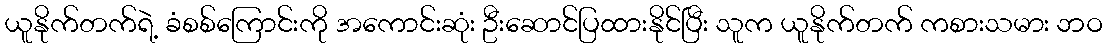
ယူနိုက်တက်ရဲ့ ခံစစ်ကြောင်းကို အကောင်းဆုံး ဦးဆောင်ပြထားနိုင်ပြီး သူက ယူနိုက်တက် ကစားသမား ဘဝ